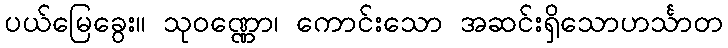
ပယ်မြေခွေး။ သုဝဏ္ဏော၊ ကောင်းသော အဆင်းရှိသောဟင်္သာတ